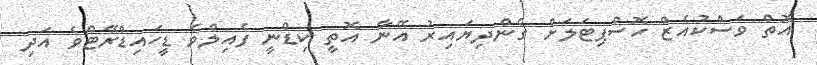
އޮތް ވަސްކުއެޒް ހޮސްޕިޓަލަށް ގެންދިޔައިރު އޭނާ އޮތީ ކިޑްނީ ފެއިލްވެ ޑީހައިޑްރޭޓްވެ އަދި